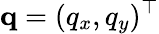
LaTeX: \mathbf{q}=(q_{x},q_{y})^{\top}